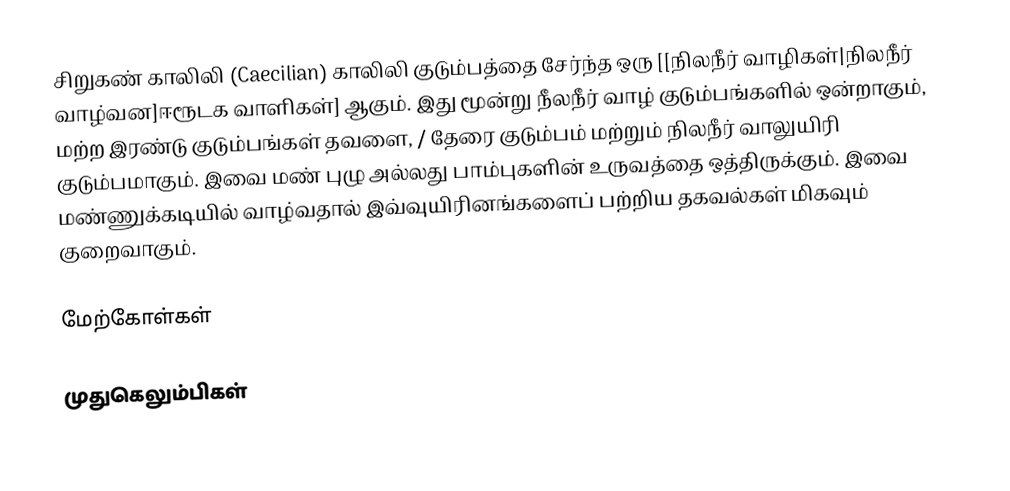
சிறுகண் காலிலி (Caecilian) காலிலி குடும்பத்தை சேர்ந்த ஒரு [[நிலநீர் வாழிகள்|நிலநீர் வாழ்வன]ஈரூடக வாளிகள்] ஆகும். இது மூன்று நீலநீர் வாழ் குடும்பங்களில் ஒன்றாகும், மற்ற இரண்டு குடும்பங்கள் தவளை, / தேரை குடும்பம் மற்றும் நிலநீர் வாலுயிரி குடும்பமாகும். இவை மண் புழு அல்லது பாம்புகளின் உருவத்தை ஒத்திருக்கும். இவை மண்ணுக்கடியில் வாழ்வதால் இவ்வுயிரினங்களைப் பற்றிய தகவல்கள் மிகவும் குறைவாகும்.

மேற்கோள்கள்

முதுகெலும்பிகள்